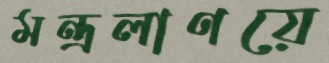
মন্ত্রলাণয়ে